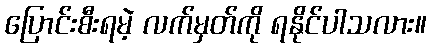
ပြောင်းစီးရမဲ့ လက်မှတ်ကို ရနိုင်ပါသလား။